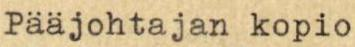
Pääjohtajan kopio